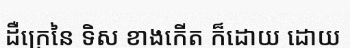
ដឺក្រេនៃ ទិស ខាងកើត ក៏ដោយ ដោយ